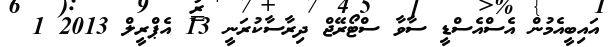
އައިބީއެމުން އެސްއެސްޑީ ސާވާ ސްޓޯރޭޖް ދިރާސާކުރަނީ 13 އެޕްރީލް 2013 1